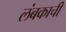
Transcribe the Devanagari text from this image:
लंबकाची